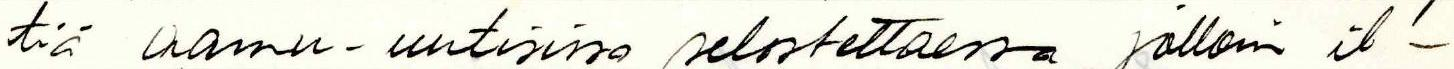
tiä aamu-uutisissa selostettaessa, jolloin il-